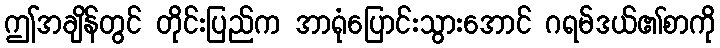
ဤအချိန်တွင် တိုင်းပြည်က အာရုံပြောင်းသွားအောင် ဂရမ်ဒယ်၏စာကို